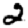
Digit: 2